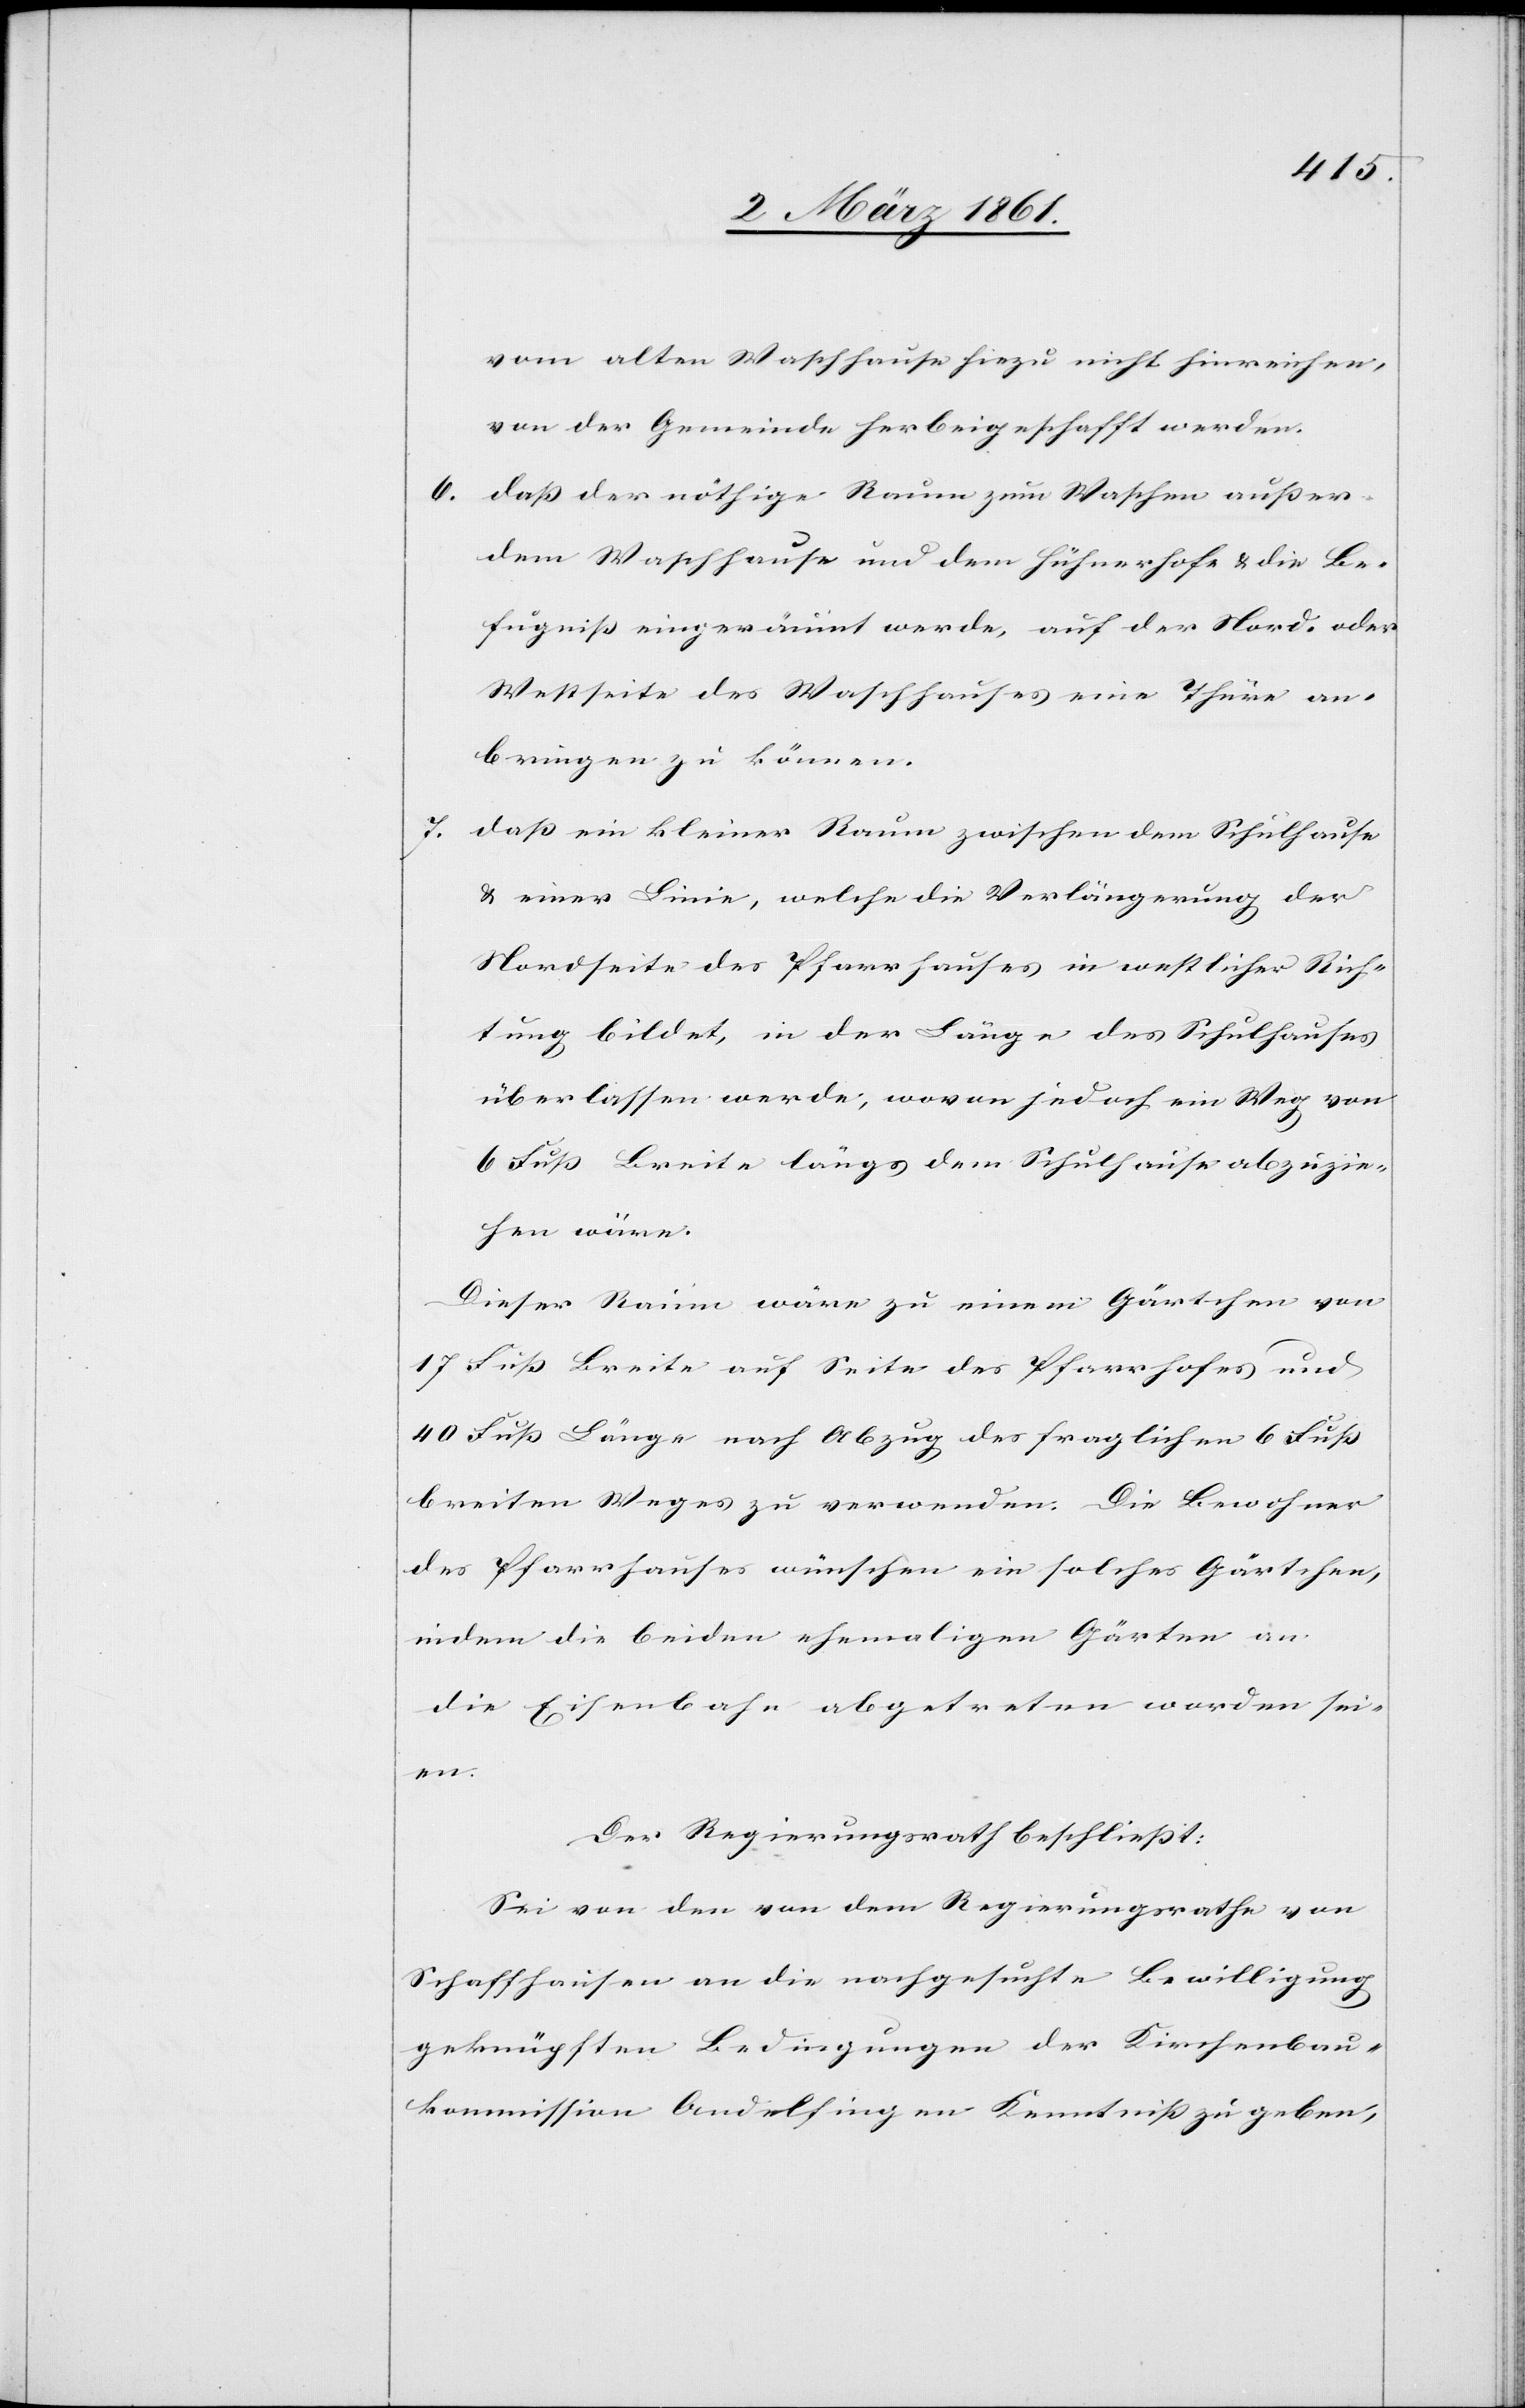
vom alten Waschhause hiezu nicht hinreichen,
von der Gemeinde herbeigeschafft werden.
6. dass der nöthige Raum zum Waschen ausser
dem Waschhause und dem Hühnerhofe u. die Be¬
fugniss eingeräumt werde, auf der Nord- oder
Westseite des Waschhauses eine Thüre an¬
bringen zu können.
7. dass ein kleiner Raum zwischen dem Schulhause
u. einer Linie, welche die Verlängerung der
Nordseite des Pfarrhauses in westlicher Rich¬
tung bildet, in der Länge des Schulhauses
überlassen werde, wovon jedoch ein Weg von
6 Fuss Breite längs dem Schulhause abzuzie¬
hen wäre.
Dieser Raum wäre zu einem Gärtchen von
17 Fuss Breite auf Seite des Pfarrhofes und
40 Fuss Länge nach Abzug des fraglichen 6 Fuss
breiten Weges zu verwenden. Die Bewohner
des Pfarrhauses wünschen ein solches Gärtchen,
indem die beiden ehemaligen Gärten an
die Eisenbahn abgetreten worden sei¬
en.
Der Regierungsrath beschliesst:
Sei von den von dem Regierungsrathe von
Schaffhausen an die nachgesuchte Bewilligung
geknüpften Bedingungen der Kirchenbau¬
kommission Andelfingen Kenntniss zu geben,